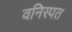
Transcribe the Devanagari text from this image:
वनिस्पत